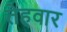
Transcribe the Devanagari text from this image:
तेहवार